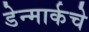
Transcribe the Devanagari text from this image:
डेन्मार्कचे